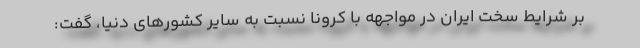
بر شرایط سخت ایران در مواجهه با کرونا نسبت به سایر کشورهای دنیا، گفت: